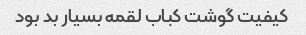
کیفیت گوشت کباب لقمه بسیار بد بود